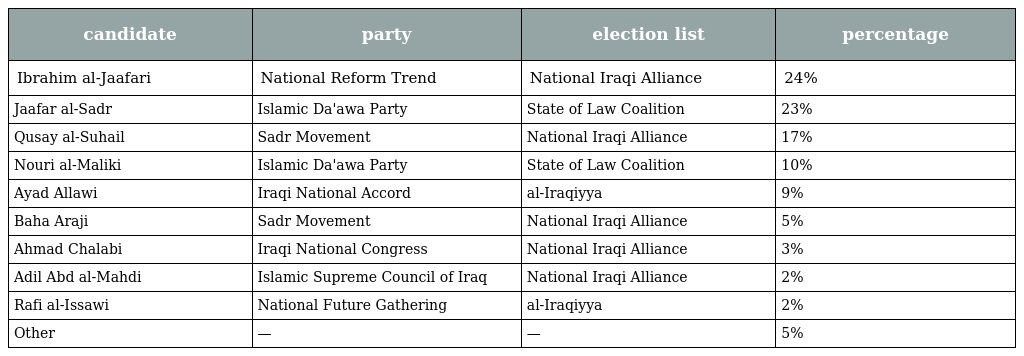
| candidate | party | election list | percentage |
 | --- | --- | --- | --- |
 | Ibrahim al-Jaafari | National Reform Trend | National Iraqi Alliance | 24% |
 | Jaafar al-Sadr | Islamic Da'awa Party | State of Law Coalition | 23% |
 | Qusay al-Suhail | Sadr Movement | National Iraqi Alliance | 17% |
 | Nouri al-Maliki | Islamic Da'awa Party | State of Law Coalition | 10% |
 | Ayad Allawi | Iraqi National Accord | al-Iraqiyya | 9% |
 | Baha Araji | Sadr Movement | National Iraqi Alliance | 5% |
 | Ahmad Chalabi | Iraqi National Congress | National Iraqi Alliance | 3% |
 | Adil Abd al-Mahdi | Islamic Supreme Council of Iraq | National Iraqi Alliance | 2% |
 | Rafi al-Issawi | National Future Gathering | al-Iraqiyya | 2% |
 | Other | — | — | 5% |